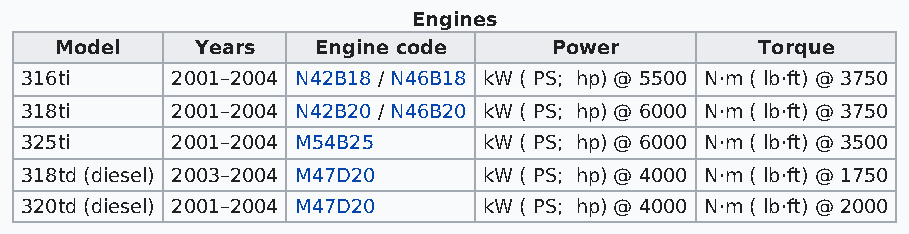
Engines
 Model    Years   Engine code    Power         Torque
 316ti     2001–2004 N42B18 / N46B18 kW ( PS; hp) @ 5500 N·m ( lb·ft) @ 3750
 318ti     2001–2004 N42B20 / N46B20 kW ( PS; hp) @ 6000 N·m ( lb·ft) @ 3750
 325ti     2001–2004 M54B25     kW ( PS; hp) @ 6000 N·m ( lb·ft) @ 3500
 318td (diesel) 2003–2004 M47D20 kW ( PS; hp) @ 4000 N·m ( lb·ft) @ 1750
 320td (diesel) 2001–2004 M47D20 kW ( PS; hp) @ 4000 N·m ( lb·ft) @ 2000